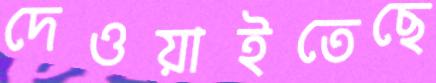
দেওয়াইতেছে